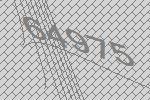
64975